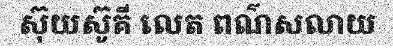
ស៊ុយស៊ូគី លេត ពណ៌សលាយ